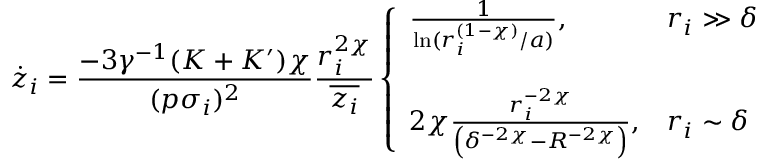
\dot { z } _ { i } = \frac { - 3 \gamma ^ { - 1 } ( K + K ^ { \prime } ) \chi } { ( p \sigma _ { i } ) ^ { 2 } } \frac { r _ { i } ^ { 2 \chi } } { \overline { { z _ { i } } } } \left\{ \begin{array} { l l } { \frac { 1 } { \ln ( r _ { i } ^ { ( 1 - \chi ) } / a ) } , } & { r _ { i } \gg \delta } \\ { ~ } \\ { 2 \chi \frac { r _ { i } ^ { - 2 \chi } } { \left( \delta ^ { - 2 \chi } - R ^ { - 2 \chi } \right) } , } & { r _ { i } \sim \delta } \end{array} \right.